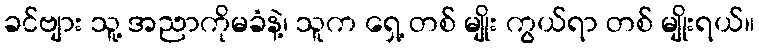
ခင်ဗျား သူ့ အညာကိုမခံနဲ့၊ သူက ရှေ့ တစ် မျိုး ကွယ်ရာ တစ် မျိုးရယ်။